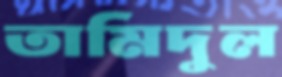
তামিদুল